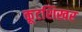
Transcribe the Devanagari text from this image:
कूटशिखर